Report of the King Institute of Preventive Medicine, Guindy
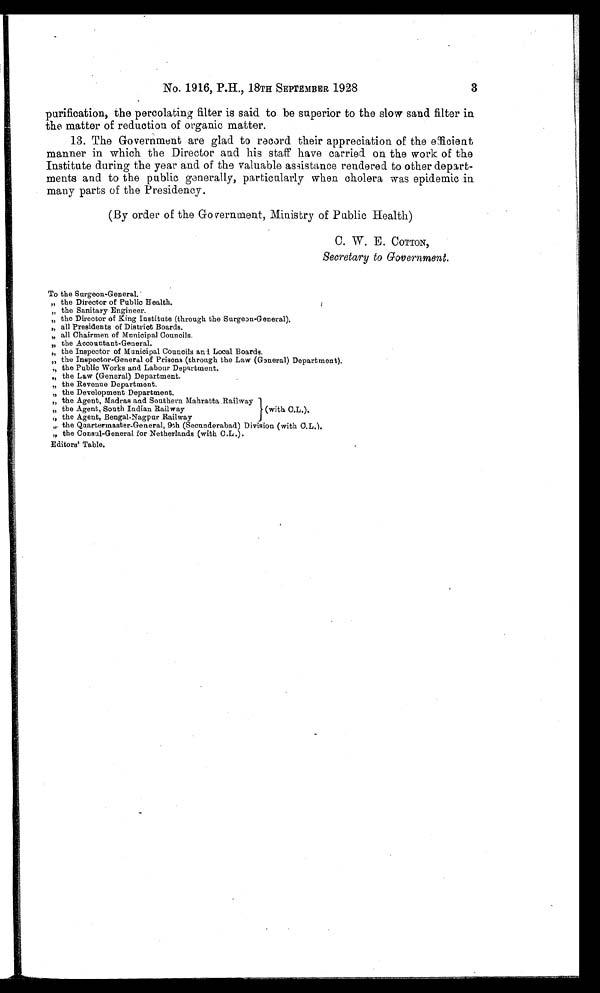
No. 1916, P.H., 18TH SEPTEMBER 1928
3
purification, the percolating filter is said to be superior to the slow sand filter in
the matter of reduction of organic matter.
13. The Government are glad to record their appreciation of the efficient
manner in which the Director and his staff have carried on the work of the
Institute during the year and of the valuable assistance rendered to other depart-
ments and to the public generally, particularly when cholera was epidemic in
many parts of the Presidency.
(By order of the Government, Ministry of Public Health)
C. W. E. COTTON,
Secretary to Government.
To the Surgeon-General.
„ the Director of Public Health
.
„ the Sanitary Engineer.
„ the Director of King Institute (through the Surgeon-General)
.,, all Presidents of District Boards.
„ all Chairmen of Municipal Councils.
„ the Accountant-General.
„
the Inspector of Municipal Councils and Local Boards.
„
the Inspector-General of Prisons( through the Law (General)Department).
,, the Public Works and Labour Department.
„ the Law (General) Department.
„ the Revenue Department.
„ the Development Department.
„ the Agent, Madras and Southern Mahratta.Railway
„ the Agent, South Indian Railway
(with C.L.).
„ the Agent, Bengal-Nagpur Railway
„. the Quartermaster-secunderabad)Division (withC.L
.).secunderabad)Division (withC.L
.).
„
the Consul-General for Netherlands (with C.L.).
Editors' Table.